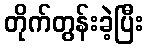
တိုက်တွန်းခဲ့ပြီး